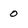
Character: o